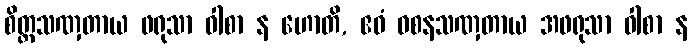
စိတ္တသဏှတာယ ဖရုသာ ဝါစာ န ဟောတိ, ဧဝံ ဝစနသဏှတာယ အဖရုသာ ဝါစာ န